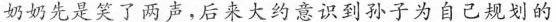
奶奶先是笑了两声，后来大约意识到孙子为自己规划的